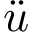
\ddot { u }